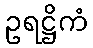
ဥရဋ္ဌိကံ